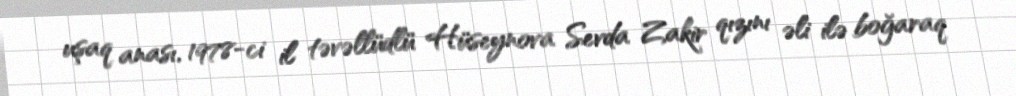
uşaq anası, 1978-ci il təvəllüdlü Hüseynova Sevda Zakir qızını əli ilə boğaraq